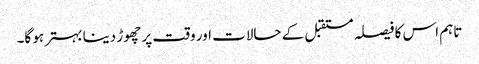
تاہم اس کا فیصلہ مستقبل کے حالات اور وقت پر چھوڑ دینا بہتر ہو گا۔